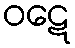
ဝဋေ